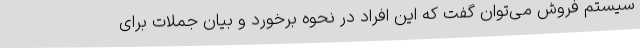
سیستم فروش می‌توان گفت که این افراد در نحوه برخورد و بیان جملات برای